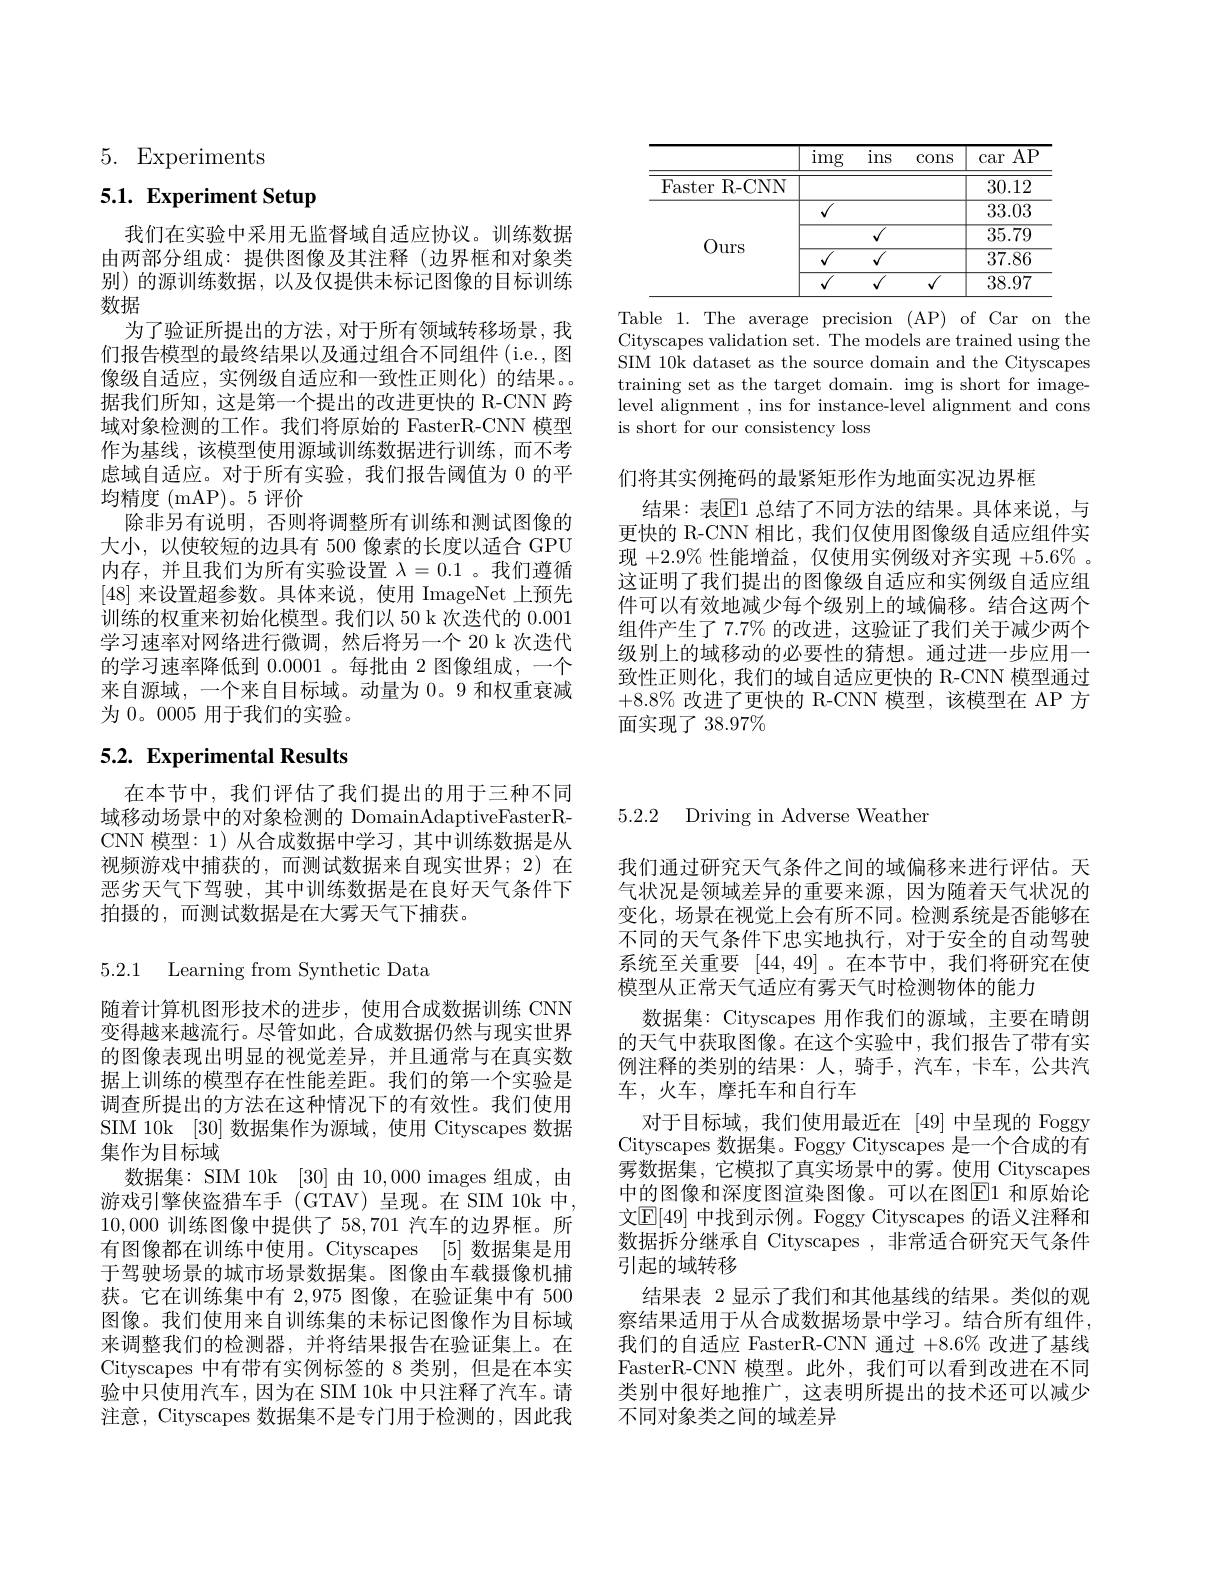
Table 1. The average precision (AP) of Car on the Cityscapes validation set. The models are trained using the SIM 10k dataset as the source domain and the Cityscapes training set as the target domain. img is short for image- $\bar{\text{level alignment , ins for instance-level alignment and cons}}$ is short for our consistency loss

们将其实例掩码的最紧矩形作为地面实况边界框
结果：表$\mathbb{E}$1 总结了不同方法的结果。具体来说，与更快的 R-CNN 相比，我们仅使用图像级自适应组件实现$+2.9\%$性能增益，仅使用实例级对齐实现$+5.6\%$ 。这证明了我们提出的图像级自适应和实例级自适应组件可以有效地减少每个级别上的域偏移。结合这两个组件产生了 7.7% 的改进，这验证了我们关于减少两个级别上的域移动的必要性的猜想。通过进一步应用一致性正则化，我们的域自适应更快的 R-CNN 模型通过$+8.8\%$改进了更快的 R-CNN 模型，该模型在 AP 方面实现了$38.97\%$

5. Experiments

# 5.1. Experiment Setup

我们在实验中采用无监督域自适应协议。训练数据由两部分组成：提供图像及其注释(边界框和对象类别)的源训练数据，以及仅提供未标记图像的目标训练数据
为了验证所提出的方法，对于所有领域转移场景，我们报告模型的最终结果以及通过组合不同组件(i.e., 图像级自适应，实例级自适应和一致性正则化)的结果。据我们所知，这是第一个提出的改进更快的 R-CNN 跨域对象检测的工作。我们将原始的 FasterR-CNN 模型作为基线，该模型使用源域训练数据进行训练，而不考虑域自适应。对于所有实验，我们报告阈值为 0 的平均精度 (mAP)。5 评价
除非另有说明，否则将调整所有训练和测试图像的大小，以使较短的边具有 500 像素的长度以适合 GPU 内存，并且我们为所有实验设置$\lambda=0.1$ 。我们遵循[48]来设置超参数。具体来说，使用 ImageNet 上预先训练的权重来初始化模型。我们以 50 k 次迭代的 0.001学习速率对网络进行微调，然后将另一个 20 k 次迭代的学习速率降低到0.0001 。每批由 2 图像组成，一个来自源域，一个来自目标域。动量为0。9 和权重衰减为 0。0005 用于我们的实验。

# 5.2. Experimental Results

在本节中，我们评估了我们提出的用于三种不同域移动场景中的对象检测的 DomainAdaptiveFasterRCNN 模型：1)从合成数据中学习，其中训练数据是从视频游戏中捕获的，而测试数据来自现实世界；2)在恶劣天气下驾驶，其中训练数据是在良好天气条件下拍摄的，而测试数据是在大雾天气下捕获。

5.2.1 Learning from Synthetic Data

随着计算机图形技术的进步，使用合成数据训练 CNN 变得越来越流行。尽管如此，合成数据仍然与现实世界的图像表现出明显的视觉差异，并且通常与在真实数据上训练的模型存在性能差距。我们的第一个实验是调查所提出的方法在这种情况下的有效性。我们使用SIM 10k [30] 数据集作为源域，使用 Cityscapes 数据集作为目标域
数据集：SIM 10k [30]由 10,000 images 组成，由游戏引擎侠盗猎车手(GTAV)呈现。在 SIM 10k 中， 10,000训练图像中提供了 58,701 汽车的边界框。所有图像都在训练中使用。Cityscapes [5] 数据集是用于驾驶场景的城市场景数据集。图像由车载摄像机捕获。它在训练集中有 2,975 图像，在验证集中有 500图像。我们使用来自训练集的未标记图像作为目标域来调整我们的检测器，并将结果报告在验证集上。在Cityscapes 中有带有实例标签的 8 类别，但是在本实验中只使用汽车，因为在 SIM 10k 中只注释了汽车。请注意，Cityscapes 数据集不是专门用于检测的，因此我

5.2.2 Driving in Adverse Weathen

我们通过研究天气条件之间的域偏移来进行评估。天气状况是领域差异的重要来源，因为随着天气状况的变化，场景在视觉上会有所不同。检测系统是否能够在不同的天气条件下忠实地执行，对于安全的自动驾驶系统至关重要[44,49] 。在本节中，我们将研究在使模型从正常天气适应有雾天气时检测物体的能力
数据集：Cityscapes 用作我们的源域，主要在晴朗的天气中获取图像。在这个实验中，我们报告了带有实例注释的类别的结果：人，骑手，汽车，卡车，公共汽车，火车，摩托车和自行车
对于目标域，我们使用最近在[49]中呈现的 Foggy Cityscapes 数据集。Foggy Cityscapes 是一个合成的有雾数据集，它模拟了真实场景中的雾。使用 Cityscapes 中的图像和深度图渲染图像。可以在图$\overline{\mathrm{E}}1$ 和原始论文$\mathbb{E}[49]$ 中找到示例。Foggy Cityscapes 的语义注释和数据拆分继承自 Cityscapes ,非常适合研究天气条件引起的域转移
结果表 2 显示了我们和其他基线的结果。类似的观察结果适用于从合成数据场景中学习。结合所有组件， 我们的自适应 FasterR-CNN 通过 +8.6% 改进了基线FasterR-CNN 模型。此外，我们可以看到改进在不同类别中很好地推广，这表明所提出的技术还可以减少不同对象类之间的域差异